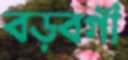
বড়বগী